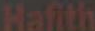
Hafith